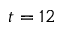
t = 1 2